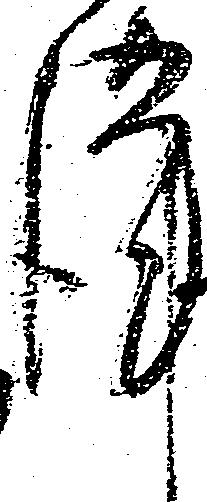
謹